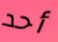
أحد